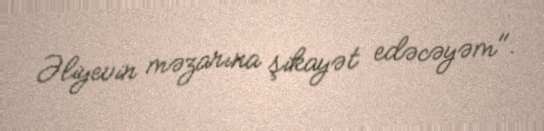
Əliyevin məzarına şikayət edəcəyəm".